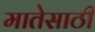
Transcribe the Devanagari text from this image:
मातेसाठी